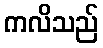
ကလိသည်